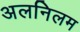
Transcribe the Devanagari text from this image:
अलनिलम